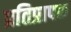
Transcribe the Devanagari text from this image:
प्रतिप्रापक